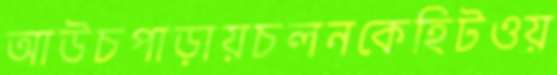
আউচপাড়ায়চলনকেহিটওয়